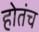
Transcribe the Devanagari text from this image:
होतंच